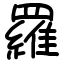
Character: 羅